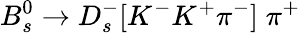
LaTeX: B_{s}^{0}\to D_{s}^{-}[K^{-}K^{+}\pi^{-}]\; \pi^{+}